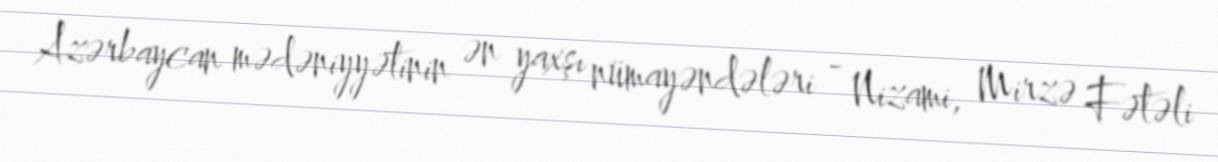
Azərbaycan mədəniyyətinin ən yaxşı nümayəndələri - Nizami, Mirzə Fətəli